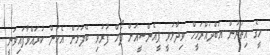
މީގެ އިތުރުން އަބްދުއްރަހީމް ވިދާޅުވީ ޕީއެންސީއަށް ފޯމް ފުރުވި ބޭފުޅުން އެކަން ކުރައްވާފައިވަނީ